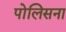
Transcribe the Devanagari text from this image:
पोलिसना